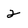
Character: 2